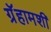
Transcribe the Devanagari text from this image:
ग्रॅहामशी